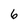
Character: 6